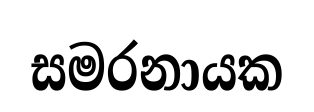
සමරනායක